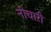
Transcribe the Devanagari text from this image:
नीचारी